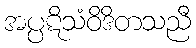
အပ္ပဋိသံဝိဒိတသညီ